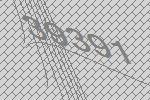
39391